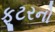
ફૂટરનો